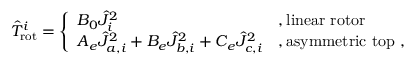
\begin{array} { r } { \hat { T } _ { \mathrm { r o t } } ^ { i } = \left\{ \begin{array} { l l } { \hfil B _ { 0 } \hat { J } _ { i } ^ { 2 } } & { , \mathrm { l i n e a r ~ r o t o r } } \\ { A _ { e } \hat { J } _ { a , i } ^ { 2 } + B _ { e } \hat { J } _ { b , i } ^ { 2 } + C _ { e } \hat { J } _ { c , i } ^ { 2 } } & { , \mathrm { a s y m m e t r i c ~ t o p } ~ , } \end{array} \right. } \end{array}